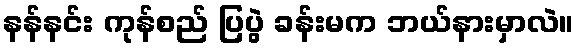
နန်နင်း ကုန်စည် ပြပွဲ ခန်းမက ဘယ်နားမှာလဲ။